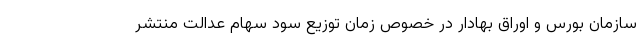
سازمان بورس و اوراق بهادار در خصوص زمان توزیع سود سهام عدالت منتشر